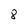
Character: 8